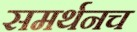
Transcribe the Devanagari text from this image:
समर्थनच